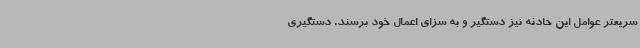
سریعتر عوامل این حادثه نیز دستگیر و به سزای اعمال خود برسند. دستگیری